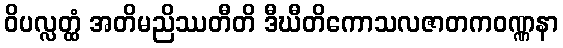
ဝိပလ္လတ္ထံ အတိမညိဿတီတိ ဒီဃီတိကောသလဇာတကဝဏ္ဏနာ